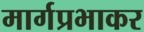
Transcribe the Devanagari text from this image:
मार्गप्रभाकर